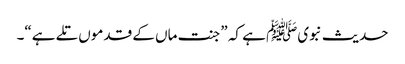
حدیث نبویﷺ ہے کہ ”جنت ماں کے قدموں تلے ہے“۔